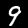
Digit: 9